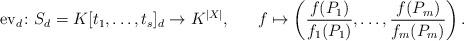
LaTeX: \begin{align*}{\rm ev}_d\colon S_d=K[t_1,\ldots,t_s]_d\rightarrow K^{|X|},\ \ \ \ \ f\mapsto\left(\frac{f(P_1)}{f_1(P_1)},\ldots,\frac{f(P_m)}{f_m(P_m)}\right).\end{align*}